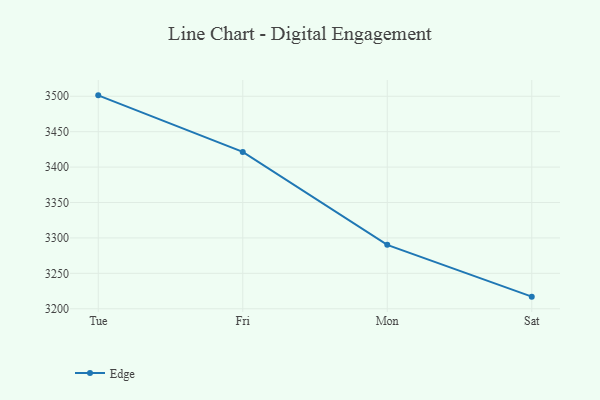
{"axis": {"x": "Day", "y": "Conversion Rate (%)"}, "legend": ["Edge"], "data": [{"x": "Tue", "y": 3501.3, "type": "Edge"}, {"x": "Fri", "y": 3421.4, "type": "Edge"}, {"x": "Mon", "y": 3290.2, "type": "Edge"}, {"x": "Sat", "y": 3217.1, "type": "Edge"}]}